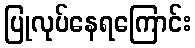
ပြုလုပ်နေရကြောင်း